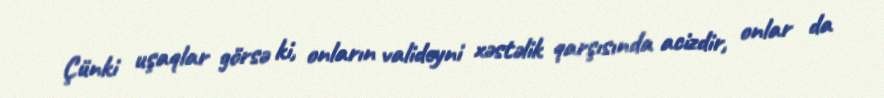
Çünki uşaqlar görsə ki, onların valideyni xəstəlik qarşısında acizdir, onlar da